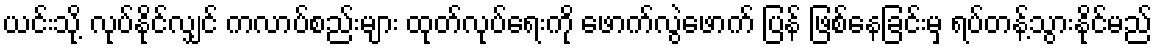
ယင်းသို့ လုပ်နိုင်လျှင် ကလာပ်စည်းများ ထုတ်လုပ်ရေးကို ဖောက်လွဲဖောက် ပြန် ဖြစ်နေခြင်းမှ ရပ်တန့်သွားနိုင်မည်